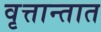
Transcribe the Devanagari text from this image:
वृत्तान्तात